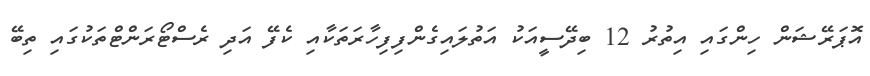
އޮޕަރޭޝަން ހިންގައި އިތުުރު 12 ބިދޭސީއަކު އަތުލައިގެންފިފިހާރަތަކާއި ކެފޭ އަދި ރެސްޓޯރަންޓްތަކުގައި ތިބޭ